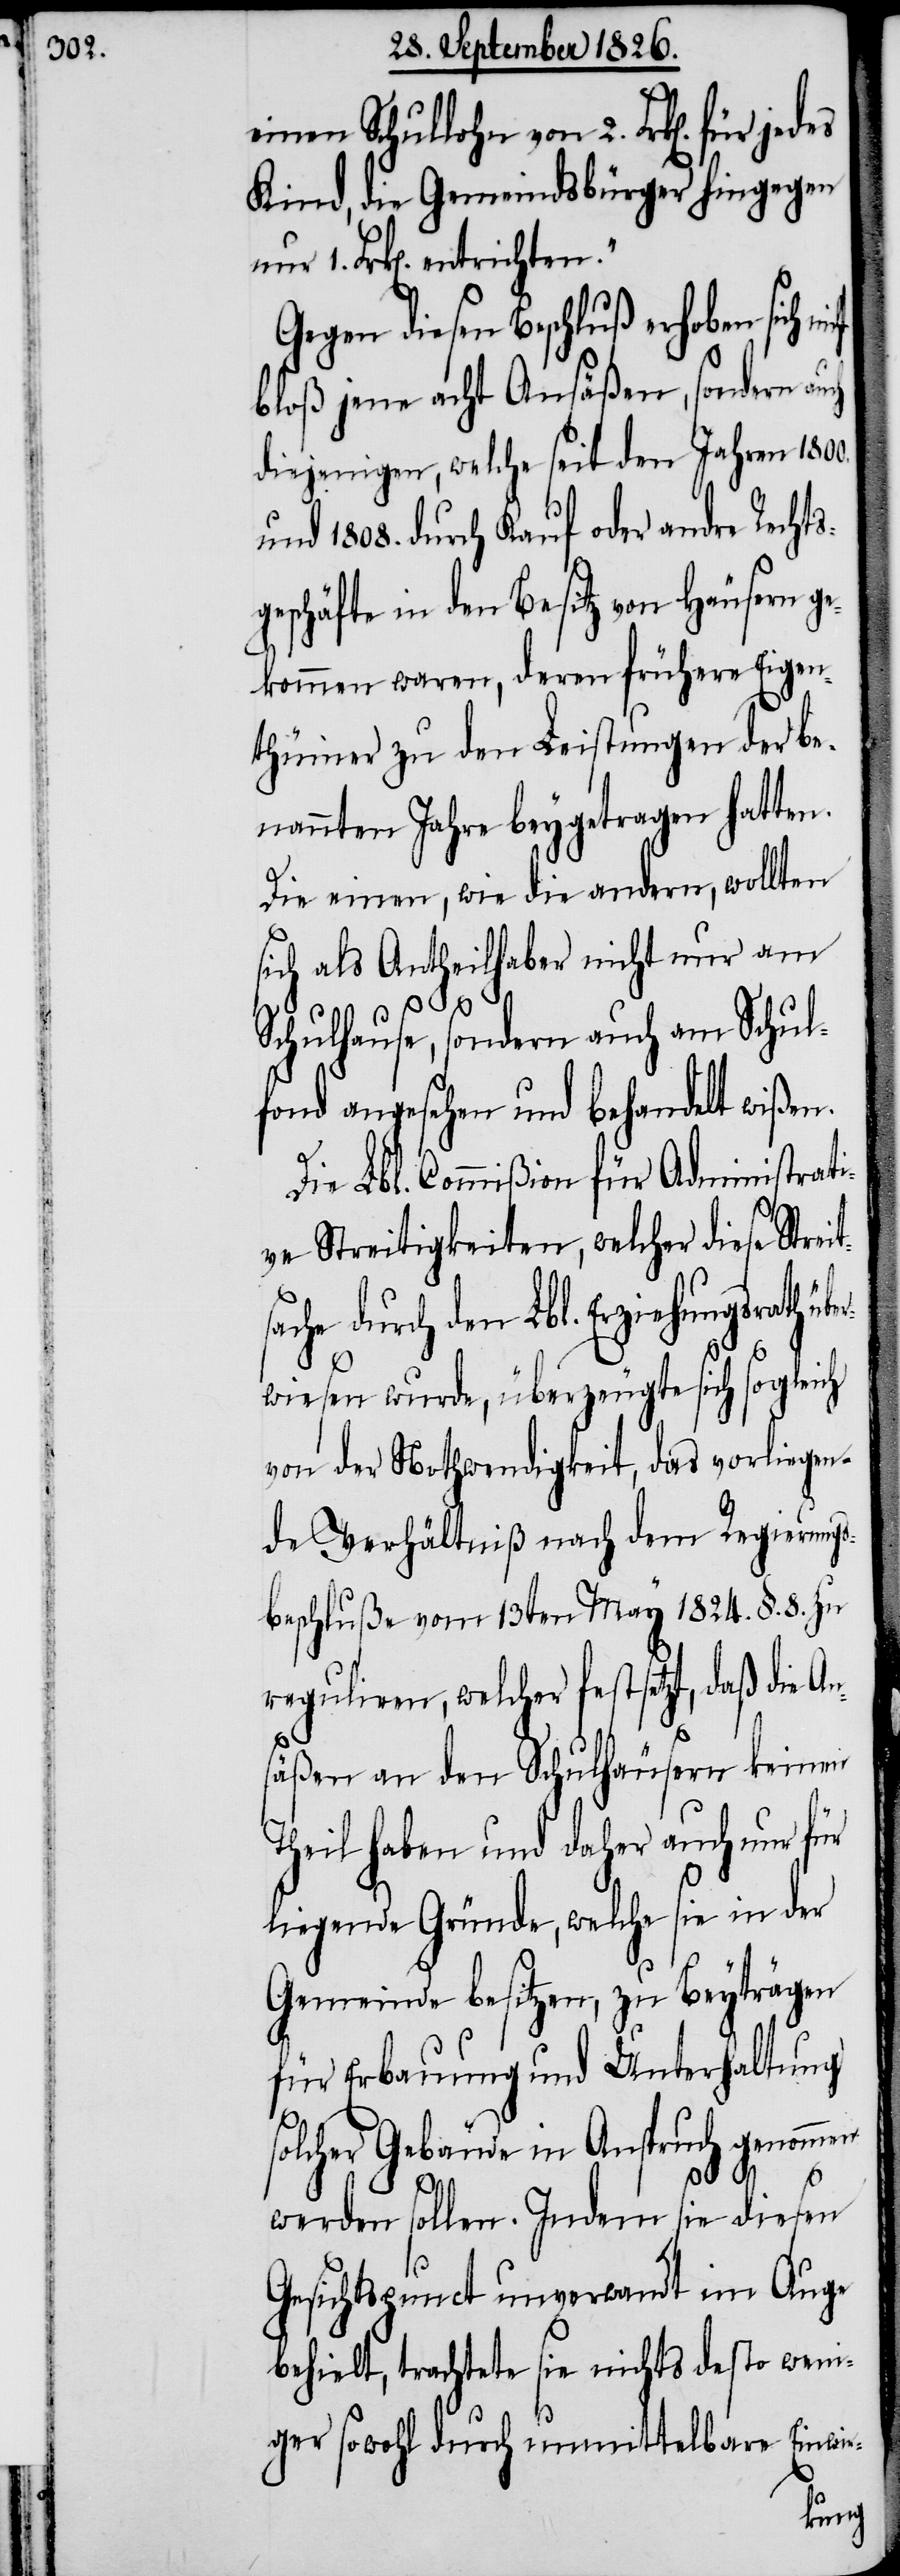
einen Schullohn von 2. Frk[en].
Kind, die Gemeindsbürger hingegen
1. Frk[en]. entrichten.“
Gegen diesen Beschluß erhoben sich
bloß jene acht Ansäßen, sondern auch
diejenigen, welche seit den Jahren 1800.
und 1808. durch Kauf oder andre Rechts¬
geschäfte in den Besitz von Häusern ge¬
kommen waren, deren frühere Eigen¬
thümer zu den Leistungen der be¬
nannten Jahre beygetragen hatten.
Die einen, wie die andern, wollten
sich als Antheilhaber nicht nur am
Schulhause, sondern auch am Schul¬
fond angesehen und behandelt wißen.
Die Lbl. Commißion für Administrati¬
ve Streitigkeiten, welcher diese Stre¬
ache durch den Lbl. Erziehungsrath ü¬
be¬
rwiesen wurde, überzeugte sich sogleich
von der Notwendigkeit, das vorliegen¬
de Verhältniß nach dem Regierung¬
sbeschluße vom 13. May 1814. §. 8. zu
reguliren, welcher festsetzt, daß die A¬
n¬
säßen an den Schulhäusern keinen
Theil haben und daher auch nur für
liegende Gründe, welche sie in der
Gemeinde besitzen, zu Beyträgen
für Erbauung und Unterhaltung
solcher Gebäude in Anspruch genommen
its¬
werden sollen. Indem sie diesen
Gesichtspunct unverwandt im Auge
behielt, trachtete sie nichts desto weni¬
ger sowohl durch unmittelbare